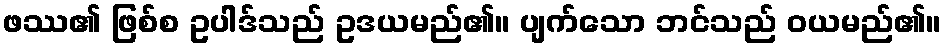
ဖဿ၏ ဖြစ်စ ဥပါဒ်သည် ဥဒယမည်၏။ ပျက်သော ဘင်သည် ဝယမည်၏။